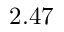
2 . 4 7